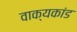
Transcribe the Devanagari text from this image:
वाक्यकांड